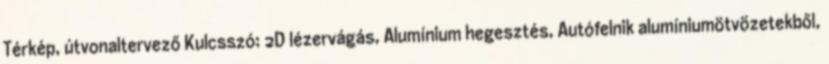
Térkép, útvonaltervező Kulcsszó: 2D lézervágás, Alumínium hegesztés, Autófelnik alumíniumötvözetekből,